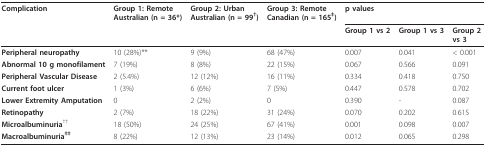
<table><thead><tr><td><b>Complication</b></td><td><b>Group 1: Remote Australian (n = 36*)</b></td><td><b>Group 2: UrbanAustralian (n = 99<sup>†</sup>)</b></td><td><b>Group 3: Remote Canadian (n = 165<sup>‡</sup>)</b></td><td colspan="3"><b>p values</b></td></tr><tr><td></td><td></td><td></td><td></td><td><b>Group 1 vs 2</b></td><td><b>Group 1 vs 3</b></td><td><b>Group 2vs 3</b></td></tr></thead><tbody><tr><td><b>Peripheral neuropathy</b></td><td>10 (28%)**</td><td>9 (9%)</td><td>68 (47%)</td><td>0.007</td><td>0.041</td><td>&lt; 0.001</td></tr><tr><td><b>Abnormal 10 g monofilament</b></td><td>7 (19%)</td><td>8 (8%)</td><td>22 (15%)</td><td>0.067</td><td>0.566</td><td>0.091</td></tr><tr><td><b>Peripheral Vascular Disease</b></td><td>2 (5.4%)</td><td>12 (12%)</td><td>16 (11%)</td><td>0.334</td><td>0.418</td><td>0.750</td></tr><tr><td><b>Current foot ulcer</b></td><td>1 (3%)</td><td>6 (6%)</td><td>7 (5%)</td><td>0.447</td><td>0.578</td><td>0.702</td></tr><tr><td><b>Lower Extremity Amputation</b></td><td>0</td><td>2 (2%)</td><td>0</td><td>0.390</td><td>-</td><td>0.087</td></tr><tr><td><b>Retinopathy</b></td><td>2 (7%)</td><td>18 (22%)</td><td>31 (24%)</td><td>0.070</td><td>0.202</td><td>0.615</td></tr><tr><td><b>Microalbuminuria</b><sup>††</sup></td><td>18 (50%)</td><td>24 (25%)</td><td>67 (41%)</td><td>0.001</td><td>0.098</td><td>0.007</td></tr><tr><td><b>Macroalbuminuria<sup>‡‡</sup></b></td><td>8 (22%)</td><td>12 (13%)</td><td>23 (14%)</td><td>0.012</td><td>0.065</td><td>0.298</td></tr></tbody></table>